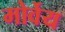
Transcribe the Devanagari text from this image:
मोर्वेय